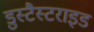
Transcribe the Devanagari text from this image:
डुस्टैस्टराइड